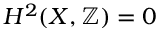
H ^ { 2 } ( X , \mathbb { Z } ) = 0